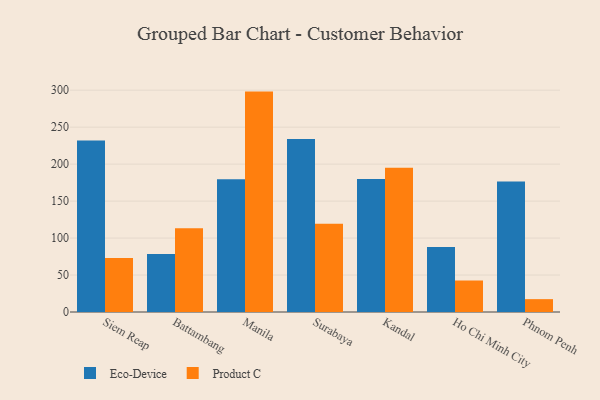
{"axis": {"x": "City", "y": "Temperature (°C)"}, "legend": ["Eco-Device", "Product C"], "data": [{"x": "Siem Reap", "y": 231.9, "type": "Eco-Device"}, {"x": "Siem Reap", "y": 73.0, "type": "Product C"}, {"x": "Battambang", "y": 78.4, "type": "Eco-Device"}, {"x": "Battambang", "y": 113.4, "type": "Product C"}, {"x": "Manila", "y": 179.6, "type": "Eco-Device"}, {"x": "Manila", "y": 298.1, "type": "Product C"}, {"x": "Surabaya", "y": 234.0, "type": "Eco-Device"}, {"x": "Surabaya", "y": 119.2, "type": "Product C"}, {"x": "Kandal", "y": 179.9, "type": "Eco-Device"}, {"x": "Kandal", "y": 195.2, "type": "Product C"}, {"x": "Ho Chi Minh City", "y": 87.8, "type": "Eco-Device"}, {"x": "Ho Chi Minh City", "y": 42.6, "type": "Product C"}, {"x": "Phnom Penh", "y": 176.5, "type": "Eco-Device"}, {"x": "Phnom Penh", "y": 17.4, "type": "Product C"}]}